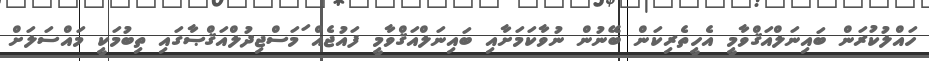
ހައްލުކުރަން ބައިނަލްއަޤްވާމީ އެހީތެރިކަން ބޭނުން ނުވާކަމަށާއި ބައިނަލްއަޤްވާމީ ފައުޖެއް ަމަސްޖިދުލްއަޤްޞާގައި ތިބުމަކީ މައްސަލަަށް